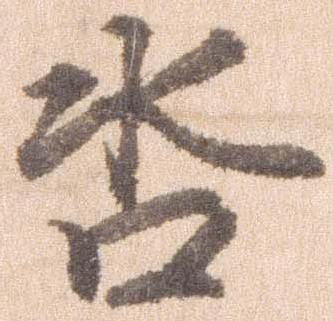
沓